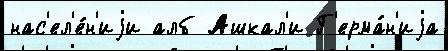
нас'ел'е́н'иjи алб Ашкал'и Г'ерма́н'иjа